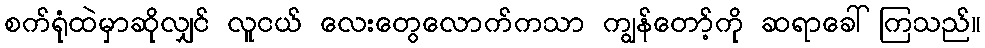
စက်ရုံထဲမှာဆိုလျှင် လူငယ် လေးတွေလောက်ကသာ ကျွန်တော့်ကို ဆရာခေါ်ကြသည်။